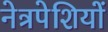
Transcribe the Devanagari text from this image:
नेत्रपेशियों